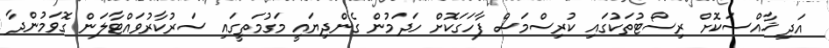
އަދި ޚާއްސަކޮށް ރިސޯޓުތަކުގައި ކުރިސްމަސް ފާހަގަކޮށް ހަދަމުން ގެންދިޔައީ މަގުމަތީގައި ސަރުކާރުވައްޓާލަން ގޮވަމުންދާ